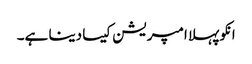
انکو پہلا امپریشن کیسا دینا ہے۔